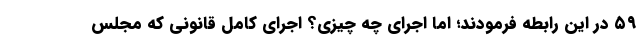
۵۹ در این رابطه فرمودند؛ اما اجرای چه چیزی؟ اجرای کامل قانونی که مجلس